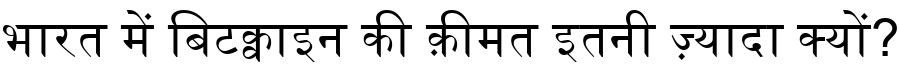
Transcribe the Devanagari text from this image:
भारत में बिटक्वाइन की क़ीमत इतनी ज़्यादा क्यों?